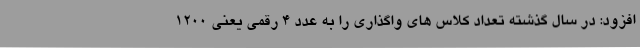
افزود: در سال گذشته تعداد کلاس های واگذاری را به عدد 4 رقمی یعنی 1200